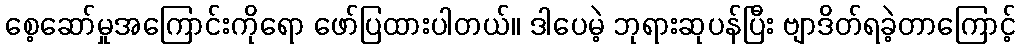
စေ့ဆော်မှုအကြောင်းကိုရော ဖော်ပြထားပါတယ်။ ဒါပေမဲ့ ဘုရားဆုပန်ပြီး ဗျာဒိတ်ရခဲ့တာကြောင့်